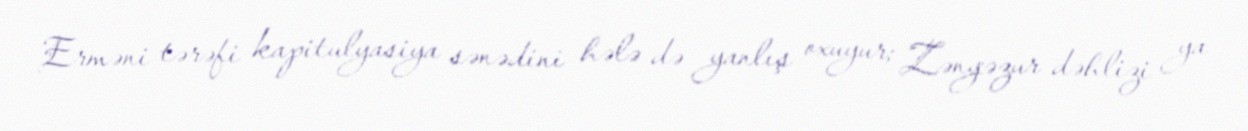
Erməni tərəfi kapitulyasiya sənədini hələ də yanlış oxuyur; Zəngəzur dəhlizi ya